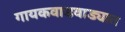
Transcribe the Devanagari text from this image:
गायकवाडवाड्यात